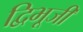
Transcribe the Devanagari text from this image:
द्विभूजी